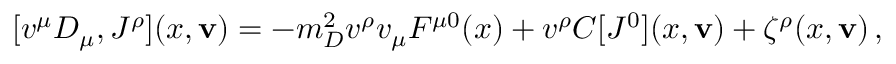
[ v ^ { \mu } D _ { \mu } , { \cal J } ^ { \rho } ] ( x , { \bf v } ) = - m _ { D } ^ { 2 } v ^ { \rho } v _ { \mu } F ^ { \mu 0 } ( x ) + v ^ { \rho } C [ { \cal J } ^ { 0 } ] ( x , { \bf v } ) + \zeta ^ { \rho } ( x , { \bf v } ) \, ,